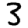
Digit: 3